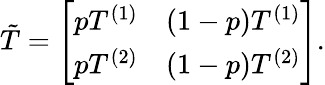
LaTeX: \tilde{T}=\left[\begin{array}{ll}{pT^{(1)}}&{\left(1-p\right)T^{(1)}}\\ {pT^{(2)}}&{\left(1-p\right)T^{(2)}}\end{array}\right].